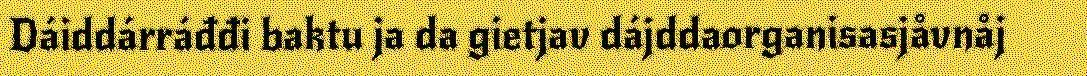
Dáiddárráđđi baktu ja da gietjav dájddaorganisasjåvnåj